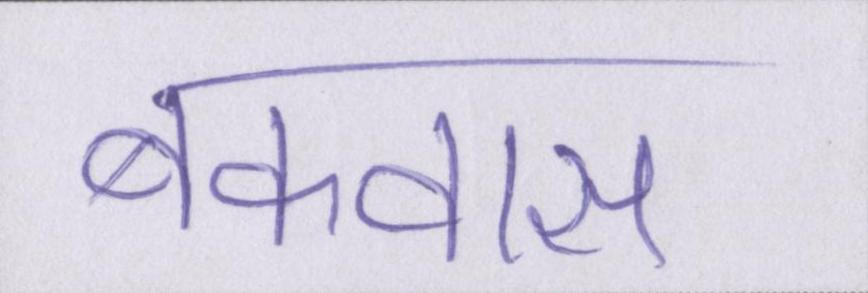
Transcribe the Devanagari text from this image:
बकवास